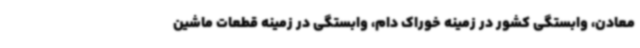
معادن، وابستگی کشور در زمینه خوراک دام، وابستگی در زمینه قطعات ماشین